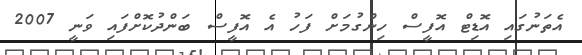
އެތަނުގައި އޮޑިޓް އޮފީސް ހިންގުމަށް ފަހު އެ އޮފީސް ބަންދުކޮށްފައި ވަނީ 2007